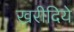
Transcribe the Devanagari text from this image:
खरीदिये